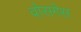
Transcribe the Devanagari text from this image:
वोसगेस